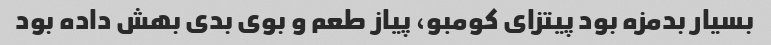
بسیار بدمزه بود پیتزای کومبو، پیاز طعم و بوی بدی بهش داده بود